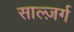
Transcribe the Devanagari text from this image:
साल्ज़र्ग